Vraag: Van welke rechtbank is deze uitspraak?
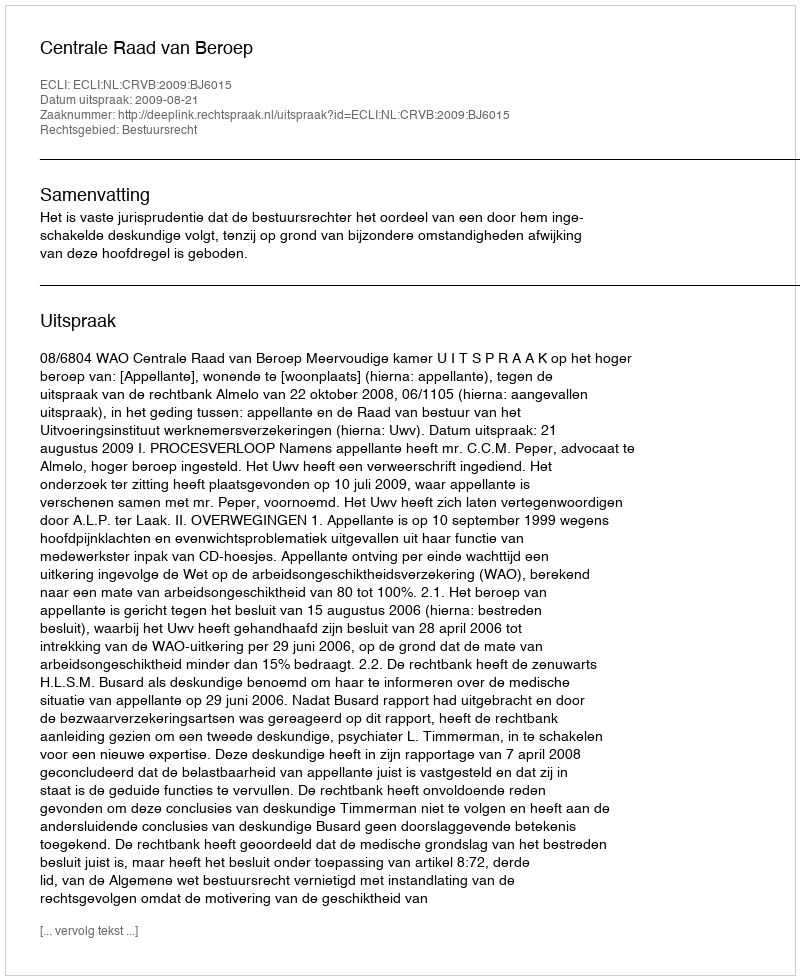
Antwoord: Centrale Raad van Beroep